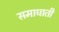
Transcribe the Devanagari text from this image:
समाधाती